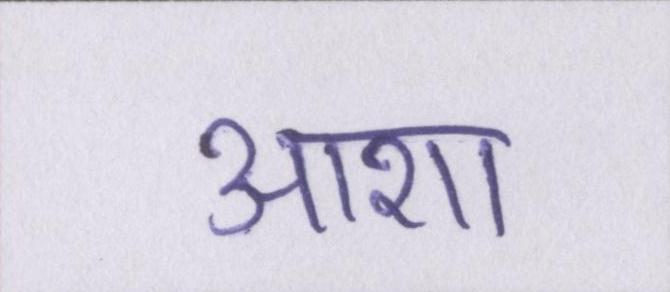
आशा